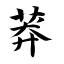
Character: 莽